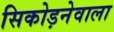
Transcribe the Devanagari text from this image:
सिकोड़नेवाला